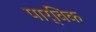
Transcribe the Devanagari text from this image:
पार्विक